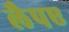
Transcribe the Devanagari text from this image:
लैपए